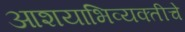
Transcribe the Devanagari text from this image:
आशयाभिव्यक्तीचे